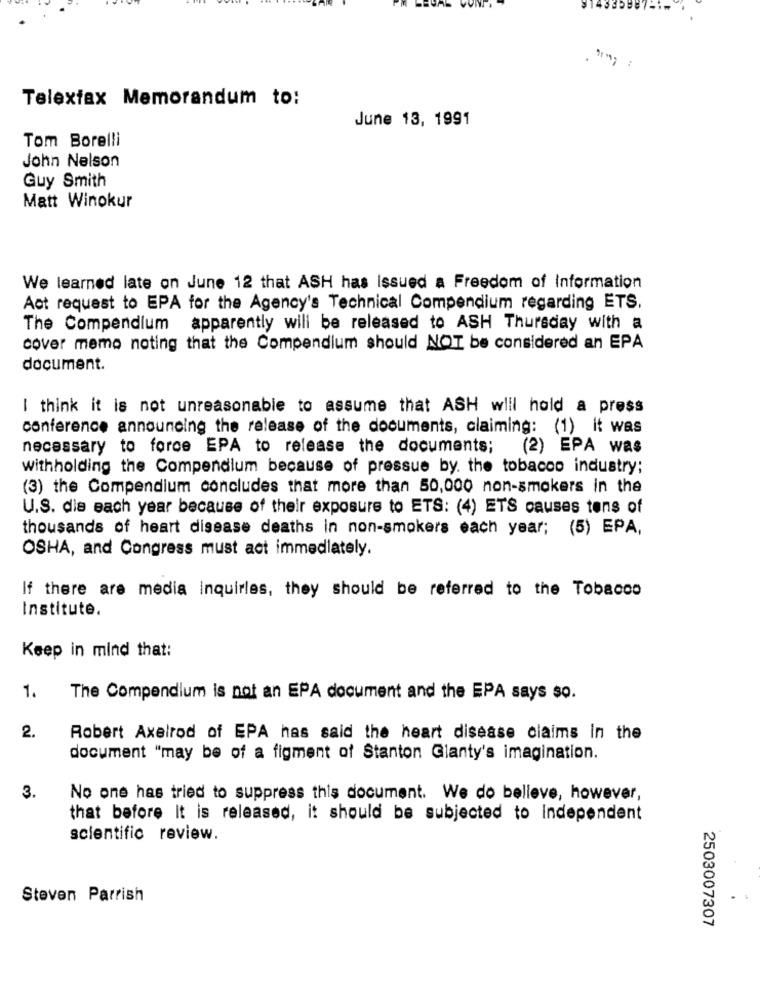
Telexfax Memorandum to:
June 13, 1991
Tom Borelli
John Nelson
Guy Smith
Matt Winokur
We learned late on June 12 that ASH has issued a Freedom of Information
Act request to EPA for the Agency's Technical Compendium regarding ETS.
The Compendium apparently will be released to ASH Thursday with a
cover memo noting that the Compendium should NOT be considered an EPA
document.
I think it is not unreasonable to assume that ASH will hold a press
conference announcing the release of the documents, claiming: (1) it was
necessary to force EPA to release the documents;
(2) EPA was
withholding the Compendium because of pressue by. the tobacco industry;
(3) the Compendium concludes that more than 50,000 non-smokers in the
U.S. die each year because of their exposure to ETS: (4) ETS causes tens of
thousands of heart disease deaths in non-smokers each year; (5) EPA,
OSHA, and Congress must act immediately.
If there are media inquiries, they should be referred to the Tobacco
Institute.
Keep in mind that:
1.
The Compendium is not an EPA document and the EPA says so.
2.
Robert Axelrod of EPA has said the heart disease claims in the
document "may be of a figment of Stanton Glanty's imagination.
3.
No one has tried to suppress this document. We do believe, however,
that before it is released, it should be subjected to Independent
scientific review.
Steven Parrish
2503007307